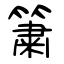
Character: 簘